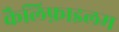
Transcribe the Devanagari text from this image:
कैलिफ़ाइलम